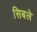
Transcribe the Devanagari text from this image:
सिबले